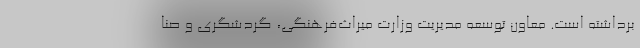
برداشته است. معاون توسعه مدیریت وزارت میراث‌فرهنگی، گردشگری و صنا